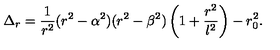
\Delta _ { r } = { \frac { 1 } { r ^ { 2 } } } ( r ^ { 2 } - \alpha ^ { 2 } ) ( r ^ { 2 } - \beta ^ { 2 } ) \left( 1 + { \frac { r ^ { 2 } } { l ^ { 2 } } } \right) - r _ { 0 } ^ { 2 } .